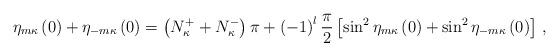
LaTeX: \begin{align*}\eta_{m\kappa}\left(0\right)+\eta_{-m\kappa}\left(0\right)=\left(N_\kappa^++N_\kappa^-\right)\pi+\left(-1\right)^l\frac{\pi}{2}\left[\sin^2\eta_{m\kappa}\left(0\right)+\sin^2\eta_{-m\kappa}\left(0\right)\right]\,,\end{align*}